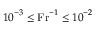
{ { 1 0 } ^ { - 3 } \le \mathrm { F r } ^ { - 1 } } \le { 1 0 } ^ { - 2 }